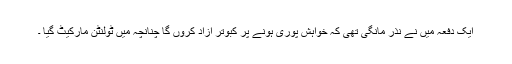
ایک دفعہ میں نے نذر مانگی تھی کہ خواہش پوری ہونے پر کبوتر آزاد کروں گا چنانچہ میں ٹولنٹن مارکیٹ گیا ۔